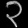
Digit: ၃